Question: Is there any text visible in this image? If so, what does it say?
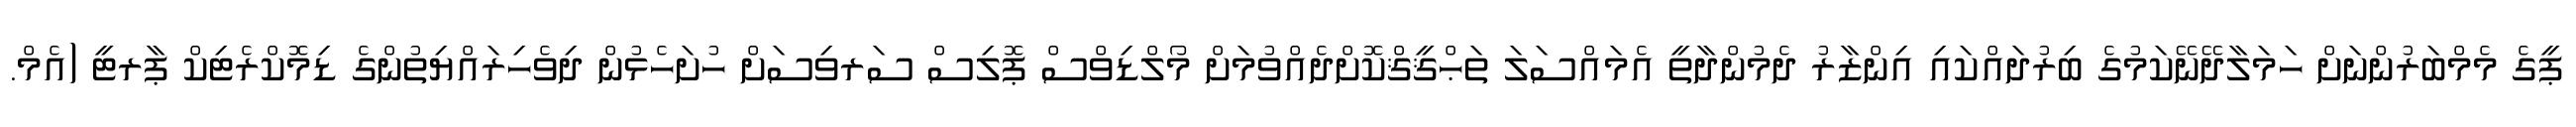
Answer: ޕީގެ މެމްބަރުންނަށް ހަމަލާދޭނޭކަމުގެ ބިރުދައްކައި އިންޒާރު ދެމުންދާތީ އެމައްސަލަ ތަޙްޤީޤްކޮށްދެއްވުމަށް މޯލްޑިވްސް ޕޮލިސް ސަރވިސަށް ހުށަހެޅުން ދިވެހިރައްޔިތުންގެ ޑިމޮކްރެޓިކް ޕާރޓީ (އެމް.